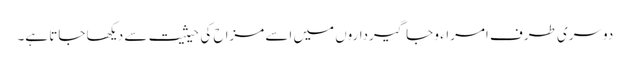
دوسری طرف امراء و جاگیرداروں میں اسے مزاح کی حیثیت سے دیکھا جاتا ہے۔